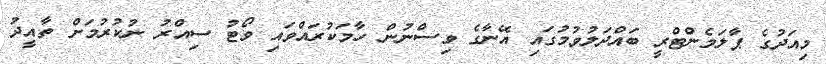
މިއަދުގެ ޕާލަމެންޓްރީ ބައްދަލުވުމުގައި އޭނާގެ ވިސްނުން ހާމަކުރައްވައި ވޯޓު ސިއްރު ނުކުރުމަށް ތާއީދު